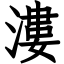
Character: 漊